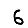
Digit: 6